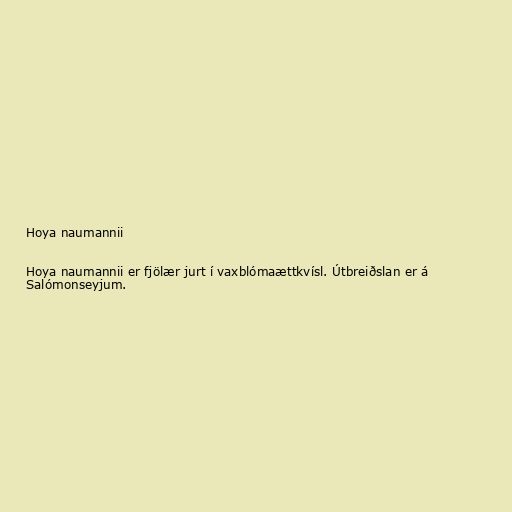
Hoya naumannii

Hoya naumannii er fjölær jurt í vaxblómaættkvísl. Útbreiðslan er á
Salómonseyjum.